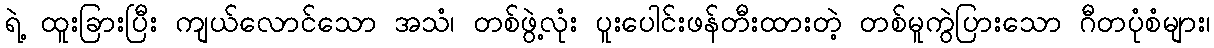
ရဲ့ ထူးခြားပြီး ကျယ်လောင်သော အသံ၊ တစ်ဖွဲ့လုံး ပူးပေါင်းဖန်တီးထားတဲ့ တစ်မူကွဲပြားသော ဂီတပုံစံများ၊